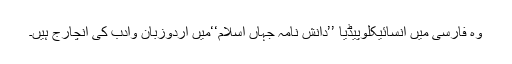
وہ فارسی میں انسائیکلوپیڈیا ’’دانش نامہ جہاں اسلام‘‘میں اردوزبان وادب کی انچارج ہیں۔